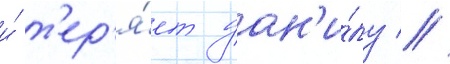
и́ т'ер'я́ет дан'и́лу //